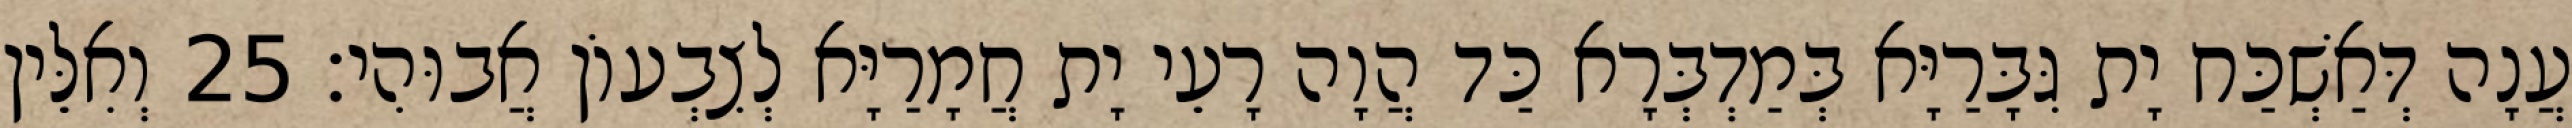
עֲנָה דְּאַשְׁכַּח יָת גִּבָּרַיָּא בְּמַדְבְּרָא כַּד הֲוָה רָעֵי יָת חֲמָרַיָּא לְצִבְעוֹן אֲבוּהִי׃ 25 וְאִלֵּין